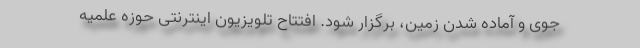
جوی و آماده شدن زمین، برگزار شود. افتتاح تلویزیون اینترنتی حوزه علمیه